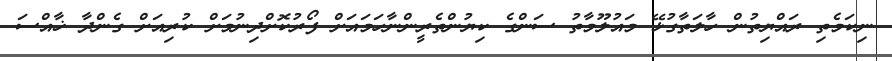
ނިކަމެތި ރައްޔިތުން ހާލަތާގުޅޭ މައުލޫމާތު ސަންގެ ކިޔުންތެރީންނާހަމައަށް ފޯރުކޮށްދިނުމަށް ކުރިއަށް ގެންދާ ޚާއްސަ